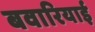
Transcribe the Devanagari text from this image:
बवारियाई